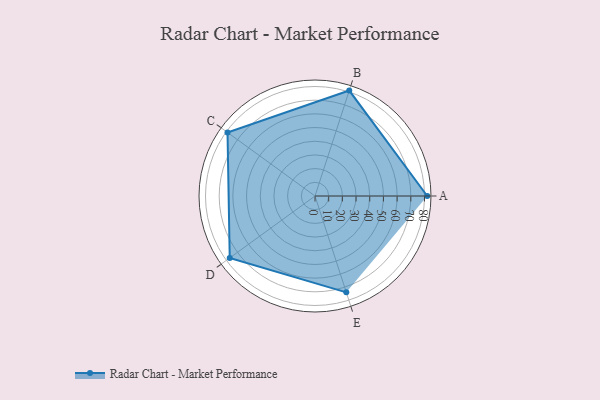
{"axis": {"x": "Skill", "y": "Score"}, "legend": ["Profile"], "data": [{"x": "A", "y": 82.0, "type": "Profile"}, {"x": "B", "y": 81.0, "type": "Profile"}, {"x": "C", "y": 79.0, "type": "Profile"}, {"x": "D", "y": 77.0, "type": "Profile"}, {"x": "E", "y": 74.0, "type": "Profile"}]}